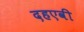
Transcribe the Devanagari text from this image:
दहएवी